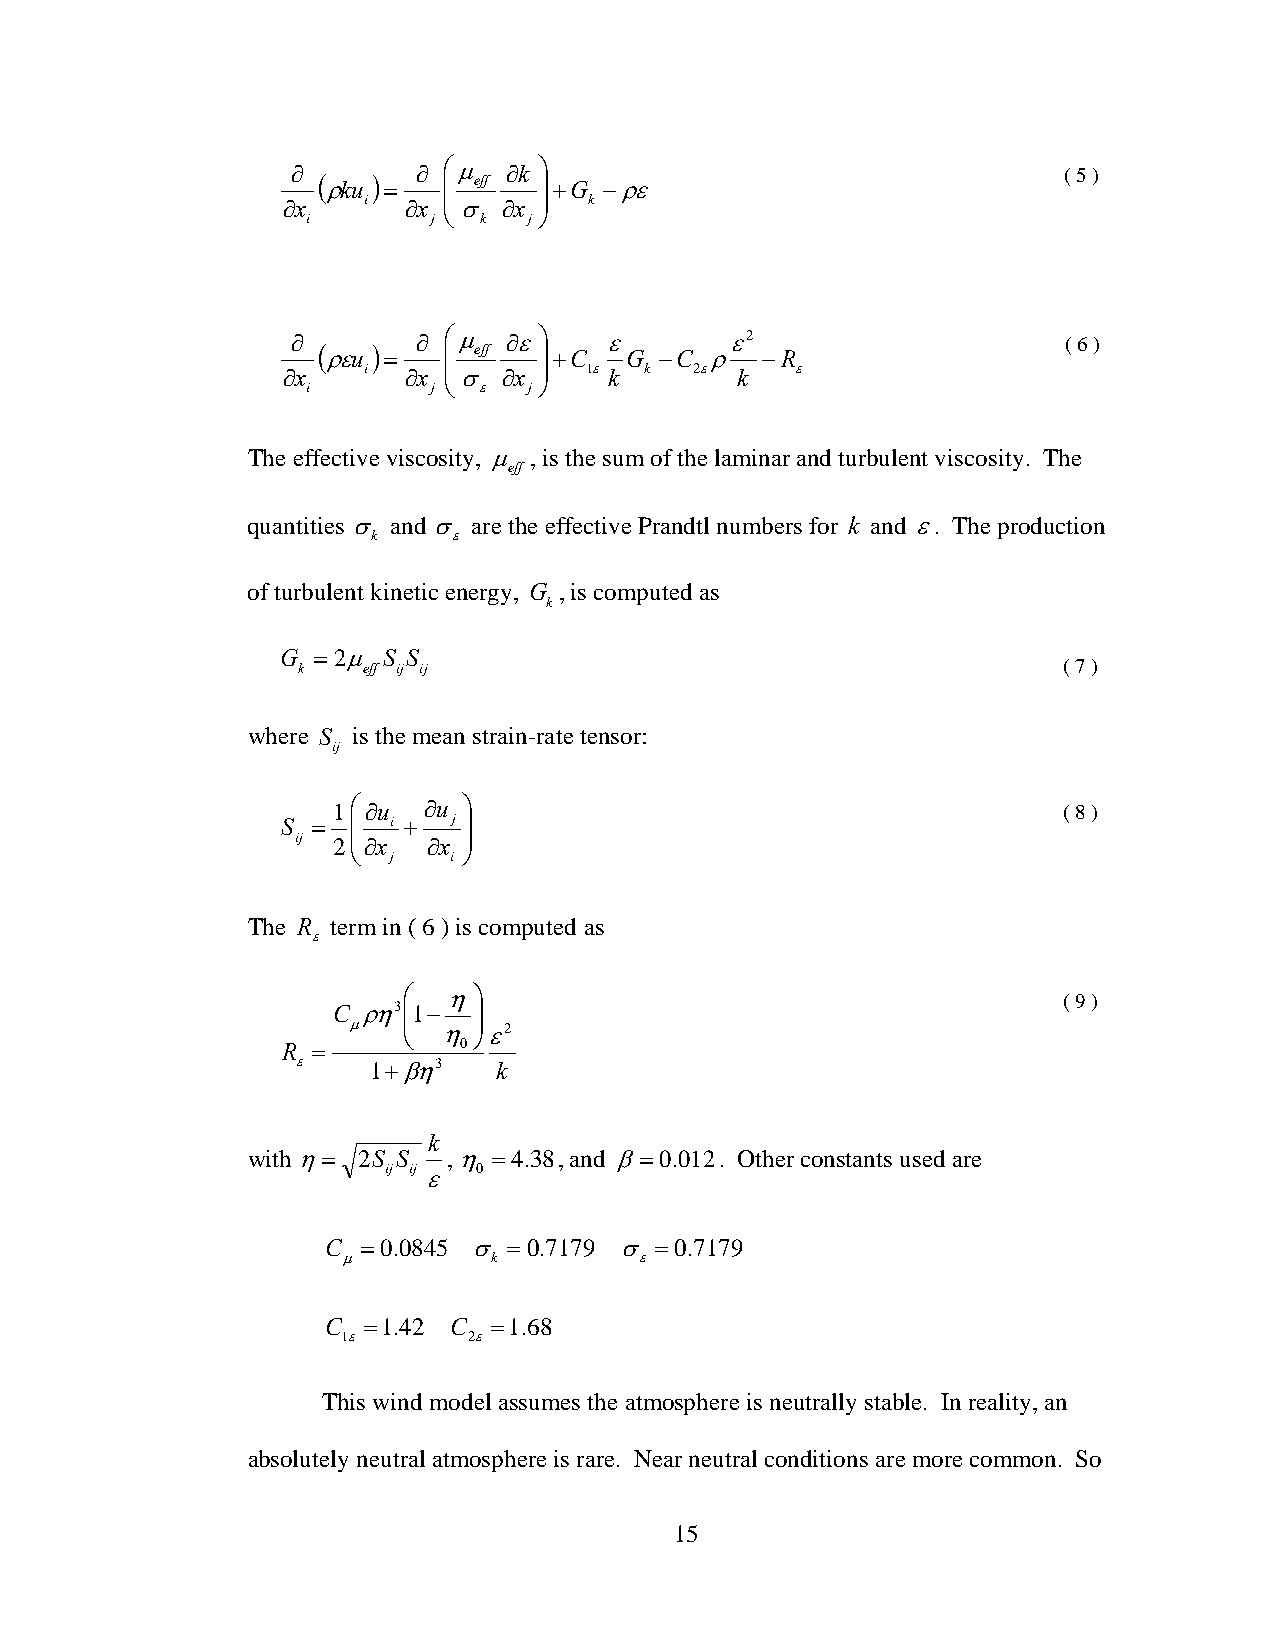
∂        ∂ ⎛μ ∂k ⎞                                 ( 5 )
 ( ρku ) = ⎜ eff ⎟+G −ρε
 ∂x
 i
 i  ∂x
 j
 ⎜ ⎝σ
 k
 ∂x
 j
 ⎟
 ⎠
 k
 ∂        ∂ ⎛μ ∂ε⎞    ε       ε2                     ( 6 )
 ( ρεu ) = ⎜ eff ⎟+C G  −C ρ  −R
 ∂x
 i
 i  ∂x
 j
 ⎜ ⎝σ
 ε
 ∂x
 j
 ⎟
 ⎠
 1εk k  2ε k   ε
 The effective viscosity, μ , is the sum of the laminar and turbulent viscosity. The
 eff
 quantities σ and σ are the effective Prandtl numbers for k and ε. The production
 k    ε
 of turbulent kinetic energy, G , is computed as
 k
 G =2μ S S
 k   eff ij ij                                     ( 7 )
 where S is the mean strain-rate tensor:
 ij
 1⎛∂u  ∂u ⎞                                      ( 8 )
 S = ⎜  i + j ⎟
 ij 2⎜ ⎝∂x
 j
 ∂x
 i
 ⎟
 ⎠
 The R term in ( 6 ) is computed as
 ε
 ⎛  η⎞                                      ( 9 )
 C ρη3⎜1− ⎟
 μ   ⎜
 ⎝
 η ⎟ ⎠ε2
 R =        0
 ε    1+βη3   k
 k
 with η= 2S S  , η =4.38, and β=0.012. Other constants used are
 ij ij ε 0
 C =0.0845 σ =0.7179 σ =0.7179
 μ         k        ε
 C =1.42 C  =1.68
 1ε      2ε
 This wind model assumes the atmosphere is neutrally stable. In reality, an
 absolutely neutral atmosphere is rare. Near neutral conditions are more common. So
 15